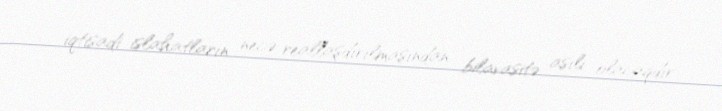
iqtisadi islahatların necə reallaşdırılmasından bilavasitə asılı olacaqdır.